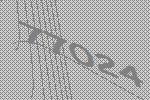
77024